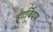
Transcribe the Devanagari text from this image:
इटर्बियम